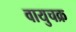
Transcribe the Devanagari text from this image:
वायुचक्र